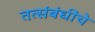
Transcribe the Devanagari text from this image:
तत्संबंधींचे